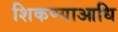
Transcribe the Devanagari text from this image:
शिकण्याआधि